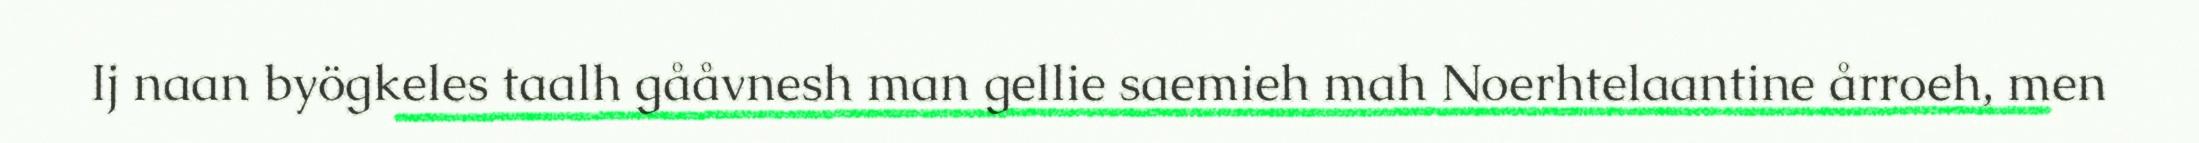
Ij naan byögkeles taalh gååvnesh man gellie saemieh mah Noerhtelaantine årroeh, men